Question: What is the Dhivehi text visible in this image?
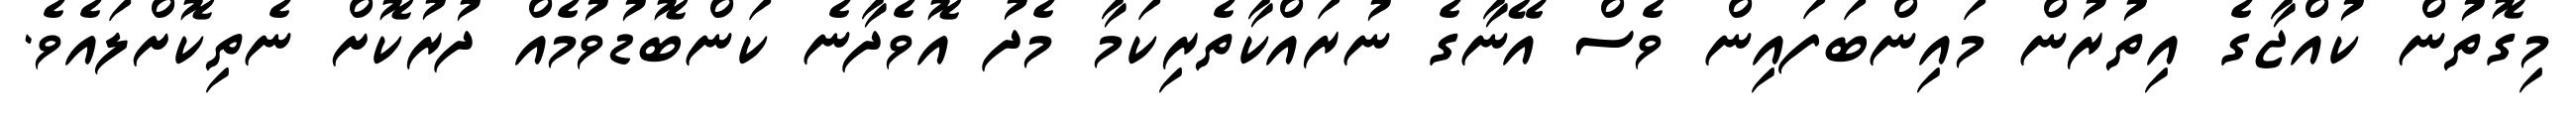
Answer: މިގޮތުން ކުއްޖާގެ އިތުރުން މައިންބަފައިން ވެސް އޭނާގެ ނުރައްކާތެރިކަމާ މެދު އޮވެދާނެ ކަންބޮޑުވުމެއް ދުރުކޮށް ނެތިކޮށްލައެވެ.